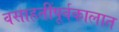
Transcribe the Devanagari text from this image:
वसाहतींपूर्वकालात